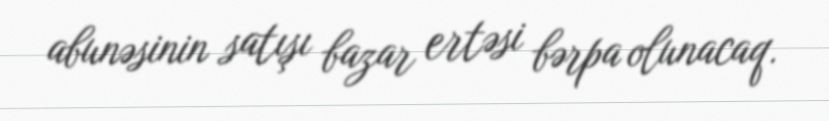
abunəsinin satışı bazar ertəsi bərpa olunacaq.